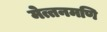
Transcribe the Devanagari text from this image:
मेत्तनमणि